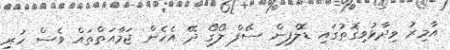
އާމިރު ވިދާޅުވިގޮތުގައި ޑޮލްފިން ސޭފް ލޯގޯ ދޭ އެހެން ޖަމާއަތްތައް ވެސް ހުރި